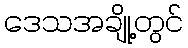
ဒေသအချို့တွင်